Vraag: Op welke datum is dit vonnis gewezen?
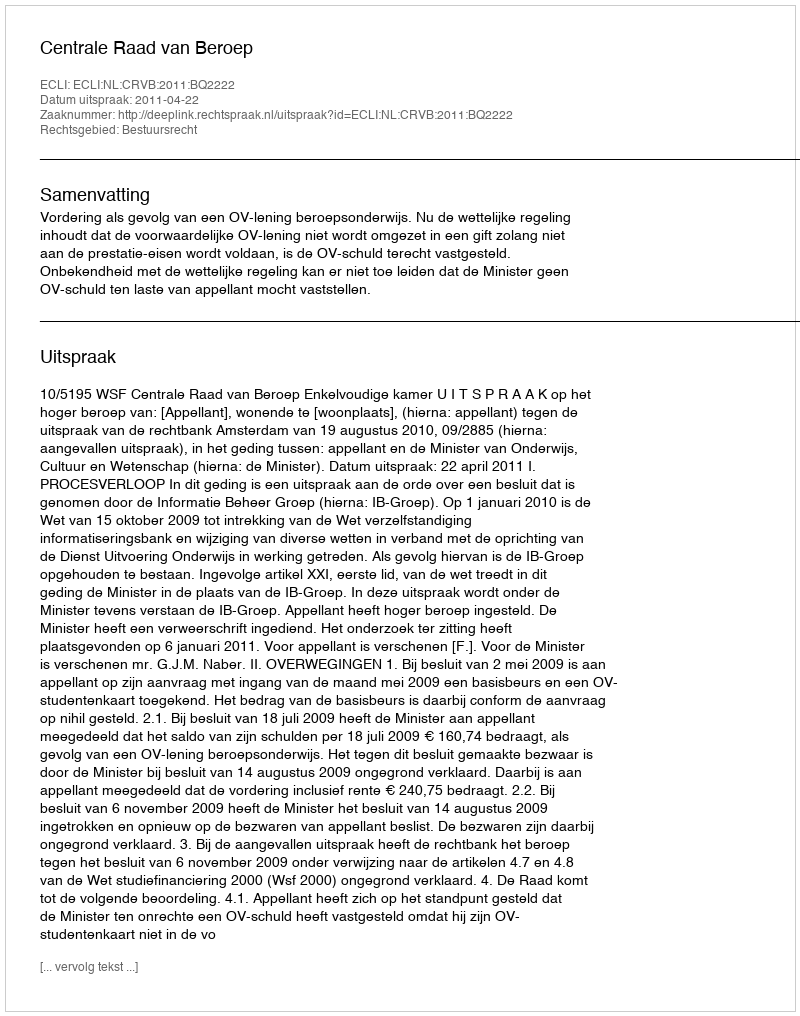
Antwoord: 2011-04-22